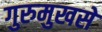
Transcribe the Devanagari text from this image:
गुरुमुखसे